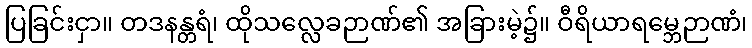
ပြခြင်းငှာ။ တဒနန္တရံ၊ ထိုသလ္လေခဉာဏ်၏ အခြားမဲ့၌။ ဝီရိယာရမ္ဘေဉာဏံ၊